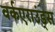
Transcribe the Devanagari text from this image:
वर्कएराउंड्स